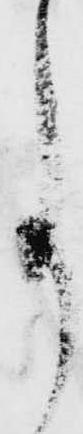
事